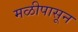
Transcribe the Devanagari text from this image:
मळीपासून